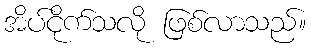
အိပ်ငိုက်သလို ဖြစ်လာသည်။